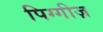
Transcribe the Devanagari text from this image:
पिग्गीज़